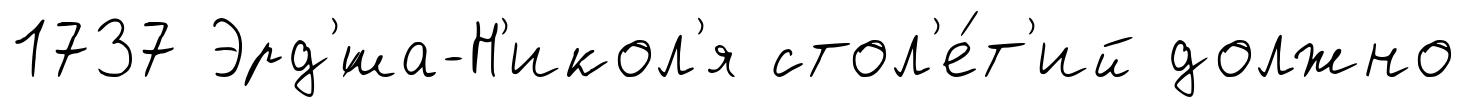
1737 Эрд'́ша-Н'икол'я стол'е́т'ий должно